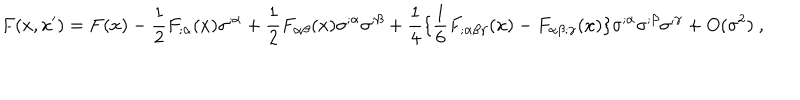
F ( x , x ^ { \prime } ) = F ( x ) - \frac { 1 } { 2 } F _ { ; \alpha } ( x ) \sigma ^ { ; \alpha } + \frac { 1 } { 2 } F _ { \alpha \beta } ( x ) \sigma ^ { ; \alpha } \sigma ^ { ; \beta } + \frac { 1 } { 4 } \{ \frac { 1 } { 6 } F _ { ; \alpha \beta \gamma } ( x ) - F _ { \alpha \beta ; \gamma } ( x ) \} \sigma ^ { ; \alpha } \sigma ^ { ; \beta } \sigma ^ { ; \gamma } + O ( \sigma ^ { 2 } ) ~ ,